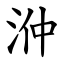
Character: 㳞